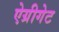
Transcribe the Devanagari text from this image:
ऐग्रीगेट